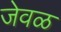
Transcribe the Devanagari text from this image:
जेवळ